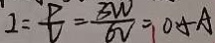
I = \frac { P } { V } = \frac { 3 W } { 6 V } = 0 . 5 A